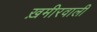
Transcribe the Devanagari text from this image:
ख़मीरवाली